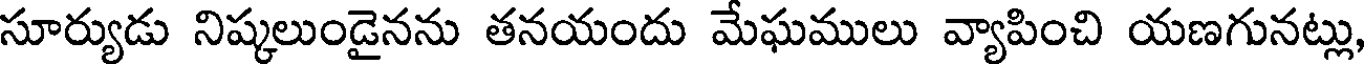
సూర్యుడు నిష్కలుండైనను తనయందు మేఘములు వ్యాపించి యణగునట్లు,